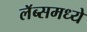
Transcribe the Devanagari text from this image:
लॅब्समध्ये